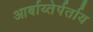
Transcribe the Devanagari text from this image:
आर्बाय्तेर्पर्ताय